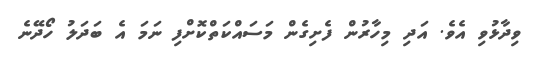
ވިދާޅުވި އެވެ. އަދި މިހާރުން ފެށިގެން މަސައްކަތްކޮށްފި ނަމަ އެ ބަދަލު ހޯދޭނެ